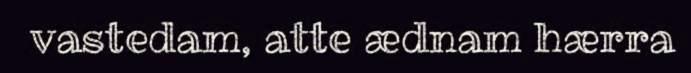
vastedam, atte ædnam hærra